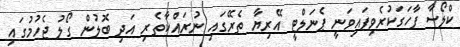
ކްލޯސާ ފާހަގަކުރެވިފައިވަނީ ޕެނަލްޓީ އޭރިޔާ ތެރޭގައި ނުރައްކާތެރި އަދި ބޮލުން ގޯލު ޖެހުމުގައި